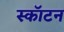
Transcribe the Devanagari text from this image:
स्कॉटन